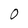
Character: O